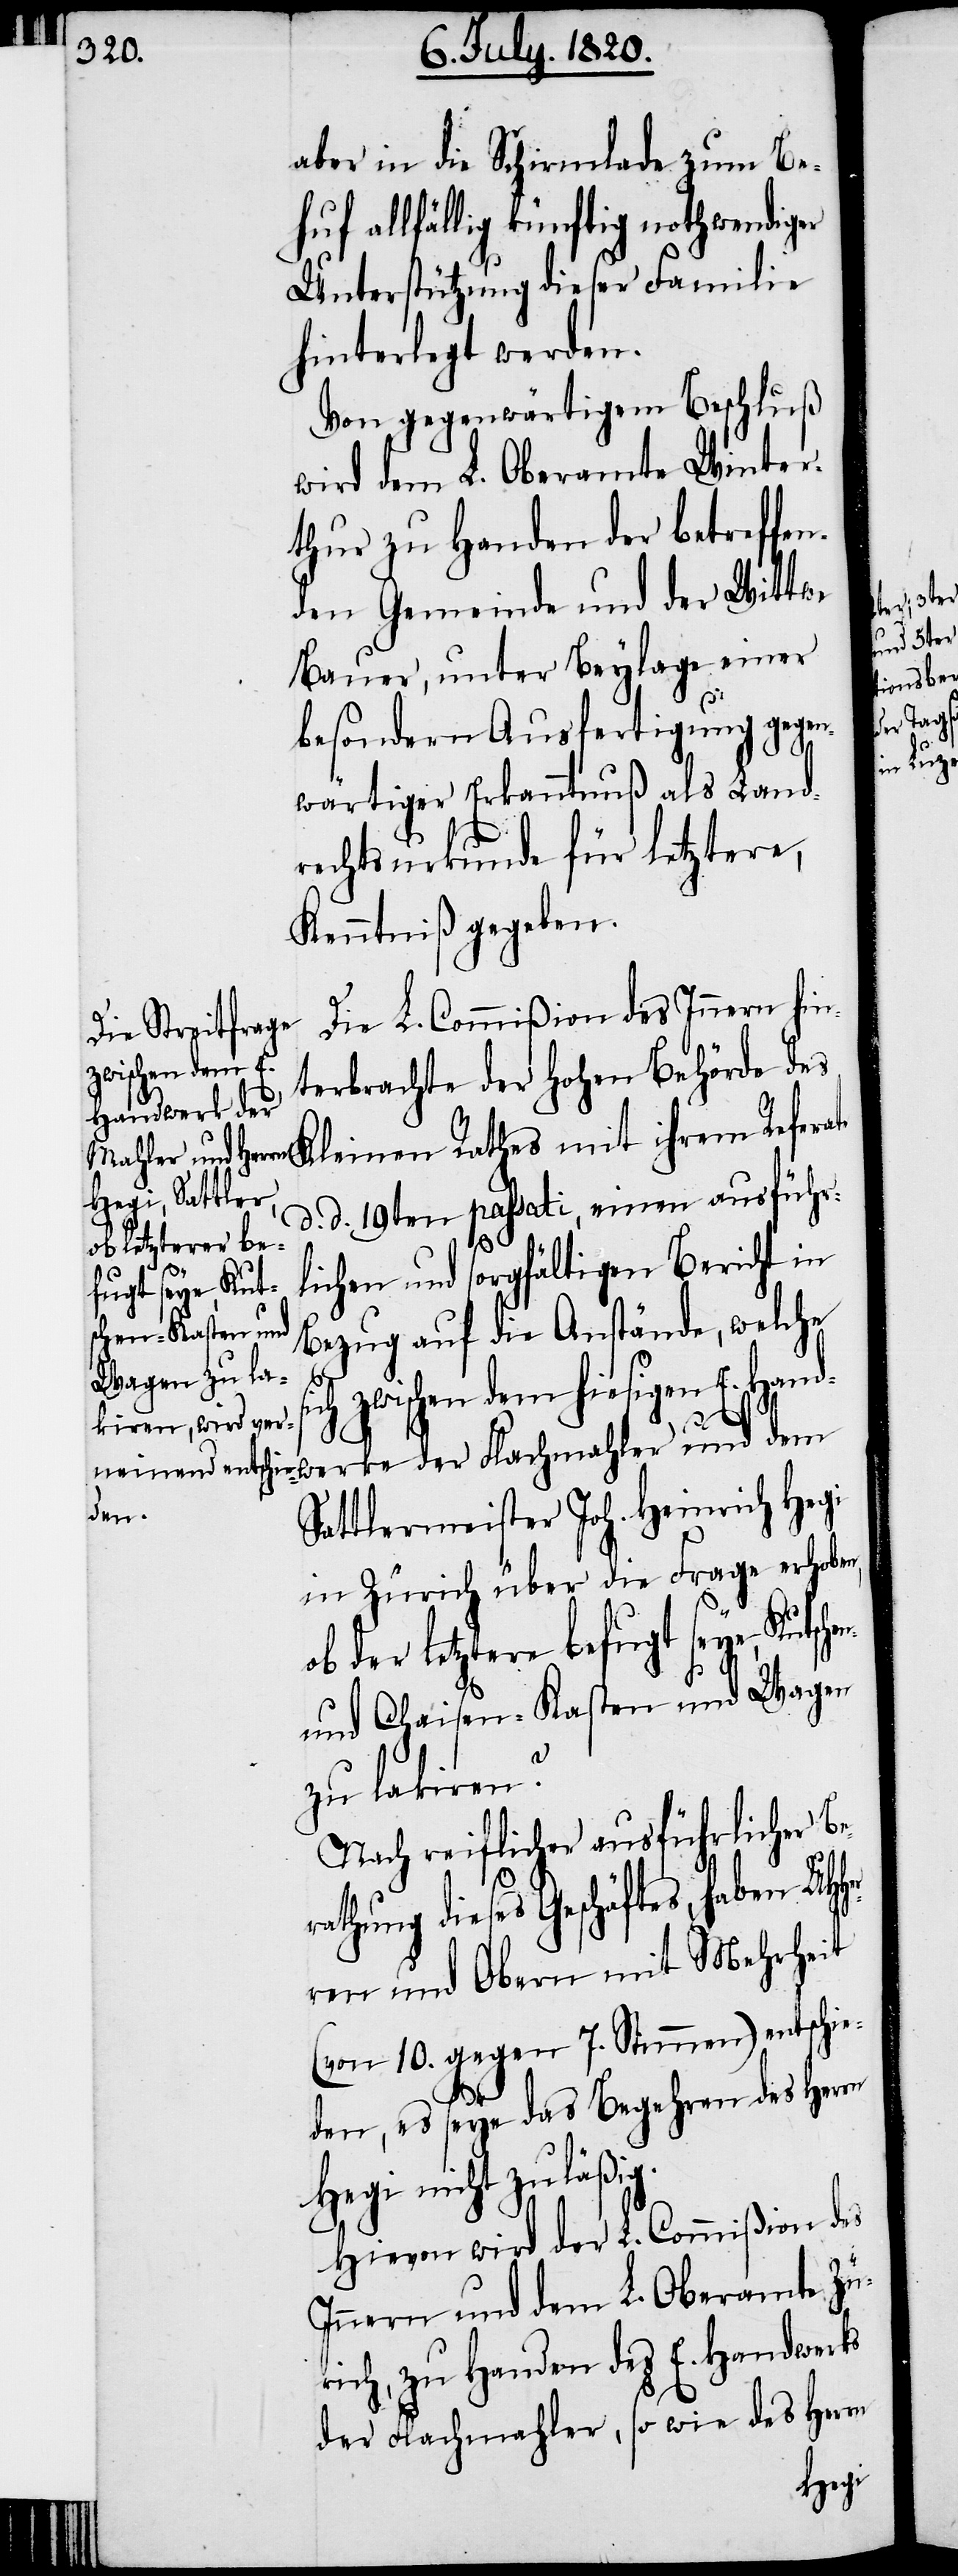
aber in die Schirmalde zum Be¬
huf allfällig künftig nothwendiger
Unterstützung dieser Familie
hinterlegt werden.
Von gegenwärtigem Beschluß
wird dem L. Oberamte Winter¬
thur zu Handen der betreffe¬
nden Gemeinde und der Wittwe
Bauer, unter Beylage einer
besondern Ausfertigung gegen¬
wärtiger Erkenntnuß als Land¬
rechtsurkunde für letztere,
Kenntniß gegeben.
Die L. Commißion des Innern hin¬
zwischen dem
terbrachte der hohen Behörde de¬
Handwerke der
s Kleinen Rathes mit ihrem Referate
d. d. 19ten passati, einen ausführ¬
lichen und sorgfältigen Bericht in
Bezug auf die Anstände, welche
E.
Sattlermeister Joh. Heinrich Hegi
in Zürich über die Frage erhoben,
der letztere befugt seye, Kutsc¬
und Chaisen-Kasten und Wagen
zu lakiren?
Nach reiflicher ausführlicher B¬
athung dieses Geschäftes, haben U¬
ren und Obern mit Mehrheit
(von 10. gegen 7. Stimmen) entschie¬
den, es seye das Begehren des Herrn
Hegi nicht zuläßig.
Hievon wird der L. Commißion des
Innern und dem L. Oberamte Zü¬
rich, zu Handen des E. Handwerks
der Flachmahler, so wie des Herrn
Hher¬